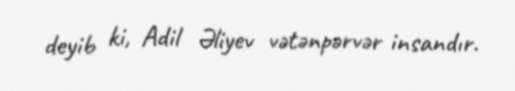
deyib ki, Adil Əliyev vətənpərvər insandır.